Problem: 18 + 3 = ?
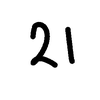
Handwritten answer: 21